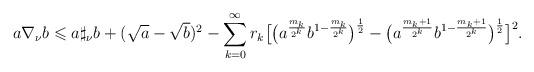
LaTeX: \begin{align*} a\nabla_{\nu} b \leqslant a\sharp_{\nu}b+(\sqrt{a}-\sqrt{b})^2-\sum_{k=0}^{\infty}r_{k}\big[\big(a^{\frac{m_k}{2^k}}b^{1-\frac{m_k}{2^k}}\big)^{\frac{1}{2}}-\big(a^{\frac{m_k+1}{2^k}}b^{1-\frac{m_k+1}{2^k}}\big)^{\frac{1}{2}}\big]^{2}.\end{align*}